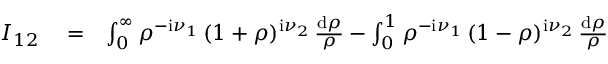
\begin{array} { r l r } { I _ { 1 2 } } & { { } = } & { \int _ { 0 } ^ { \infty } \rho ^ { - \mathrm { i } \nu _ { 1 } } \, ( 1 + \rho ) ^ { \mathrm { i } \nu _ { 2 } } \, \frac { \mathrm { d } \rho } { \rho } - \int _ { 0 } ^ { 1 } \rho ^ { - \mathrm { i } \nu _ { 1 } } \, ( 1 - \rho ) ^ { \mathrm { i } \nu _ { 2 } } \, \frac { \mathrm { d } \rho } { \rho } } \end{array}